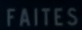
FAITES